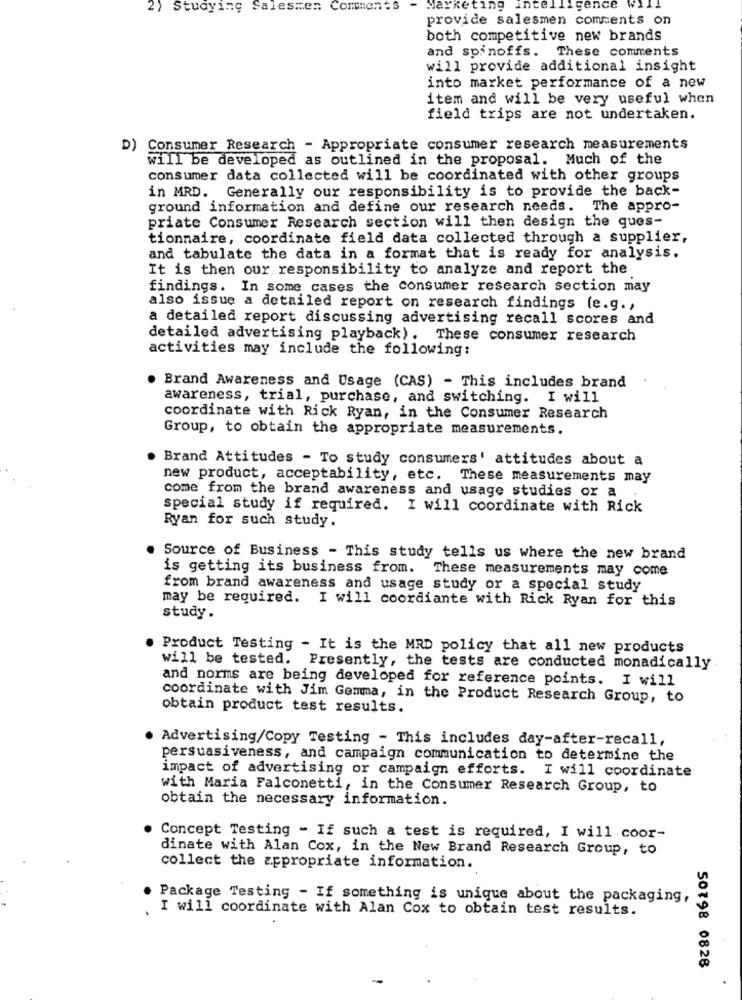
2) Studying Salesmen Comments
Marketing
intell
gen
provide salesmen comments on
both competitive new brands
and spinoffs. These comments
will provide additional insight
into market performance of a new
item and will be very useful when
field trips are not undertaken.
D) Consumer Research - Appropriate consumer research measurements
will be developed as outlined in the proposal. Much of the
consumer data collected will be coordinated with other groups
in MRD. Generally our responsibility is to provide the back-
ground information and define our research needs. The appro-
priate Consumer Research section will then design the ques-
tionnaire, coordinate field data collected through a supplier,
and tabulate the data in a format that is ready for analysis.
It is then our responsibility to analyze and report the
findings. In some cases the consumer research section may
also issue a detailed report on research findings (e.g. ,
a detailed report discussing advertising recall scores and
detailed advertising playback). These consumer research
activities may include the following:
Brand Awareness and Usage (CAS) - This includes brand
awareness, trial, purchase, and switching. I will
coordinate with Rick Ryan, in the Consumer Research
Group, to obtain the appropriate measurements.
Brand Attitudes - To study consumers' attitudes about a
new product, acceptability, etc. These measurements may
come from the brand awareness and usage studies or a
special study if required. I will coordinate with Rick
Ryan for such study.
Source of Business - This study tells us where the new brand
is getting its business from. These measurements may come
from brand awareness and usage study or a special study
may be required. I will coordiante with Rick Ryan for this
study.
Product Testing - It is the MRD policy that all new products
will be tested.
Presently, the tests are conducted monadically
and norms are being developed for reference points. I will
coordinate with Jim Gemma, in the Product Research Group, to
obtain product test results.
Advertising/Copy Testing - This includes day-after-recall,
persuasiveness, and campaign communication to determine the
impact of advertising or campaign efforts. I will coordinate
with Maria Falconetti, in the Consumer Research Group, to
obtain the necessary information.
Concept Testing - If such a test is required, I will coor-
dinate with Alan Cox, in the New Brand Research Group, to
collect the appropriate information.
Package Testing - If something is unique about the packaging,
I will coordinate with Alan Cox to obtain test results.
50798 0828